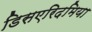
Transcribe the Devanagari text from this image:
डिसएरिदमिया